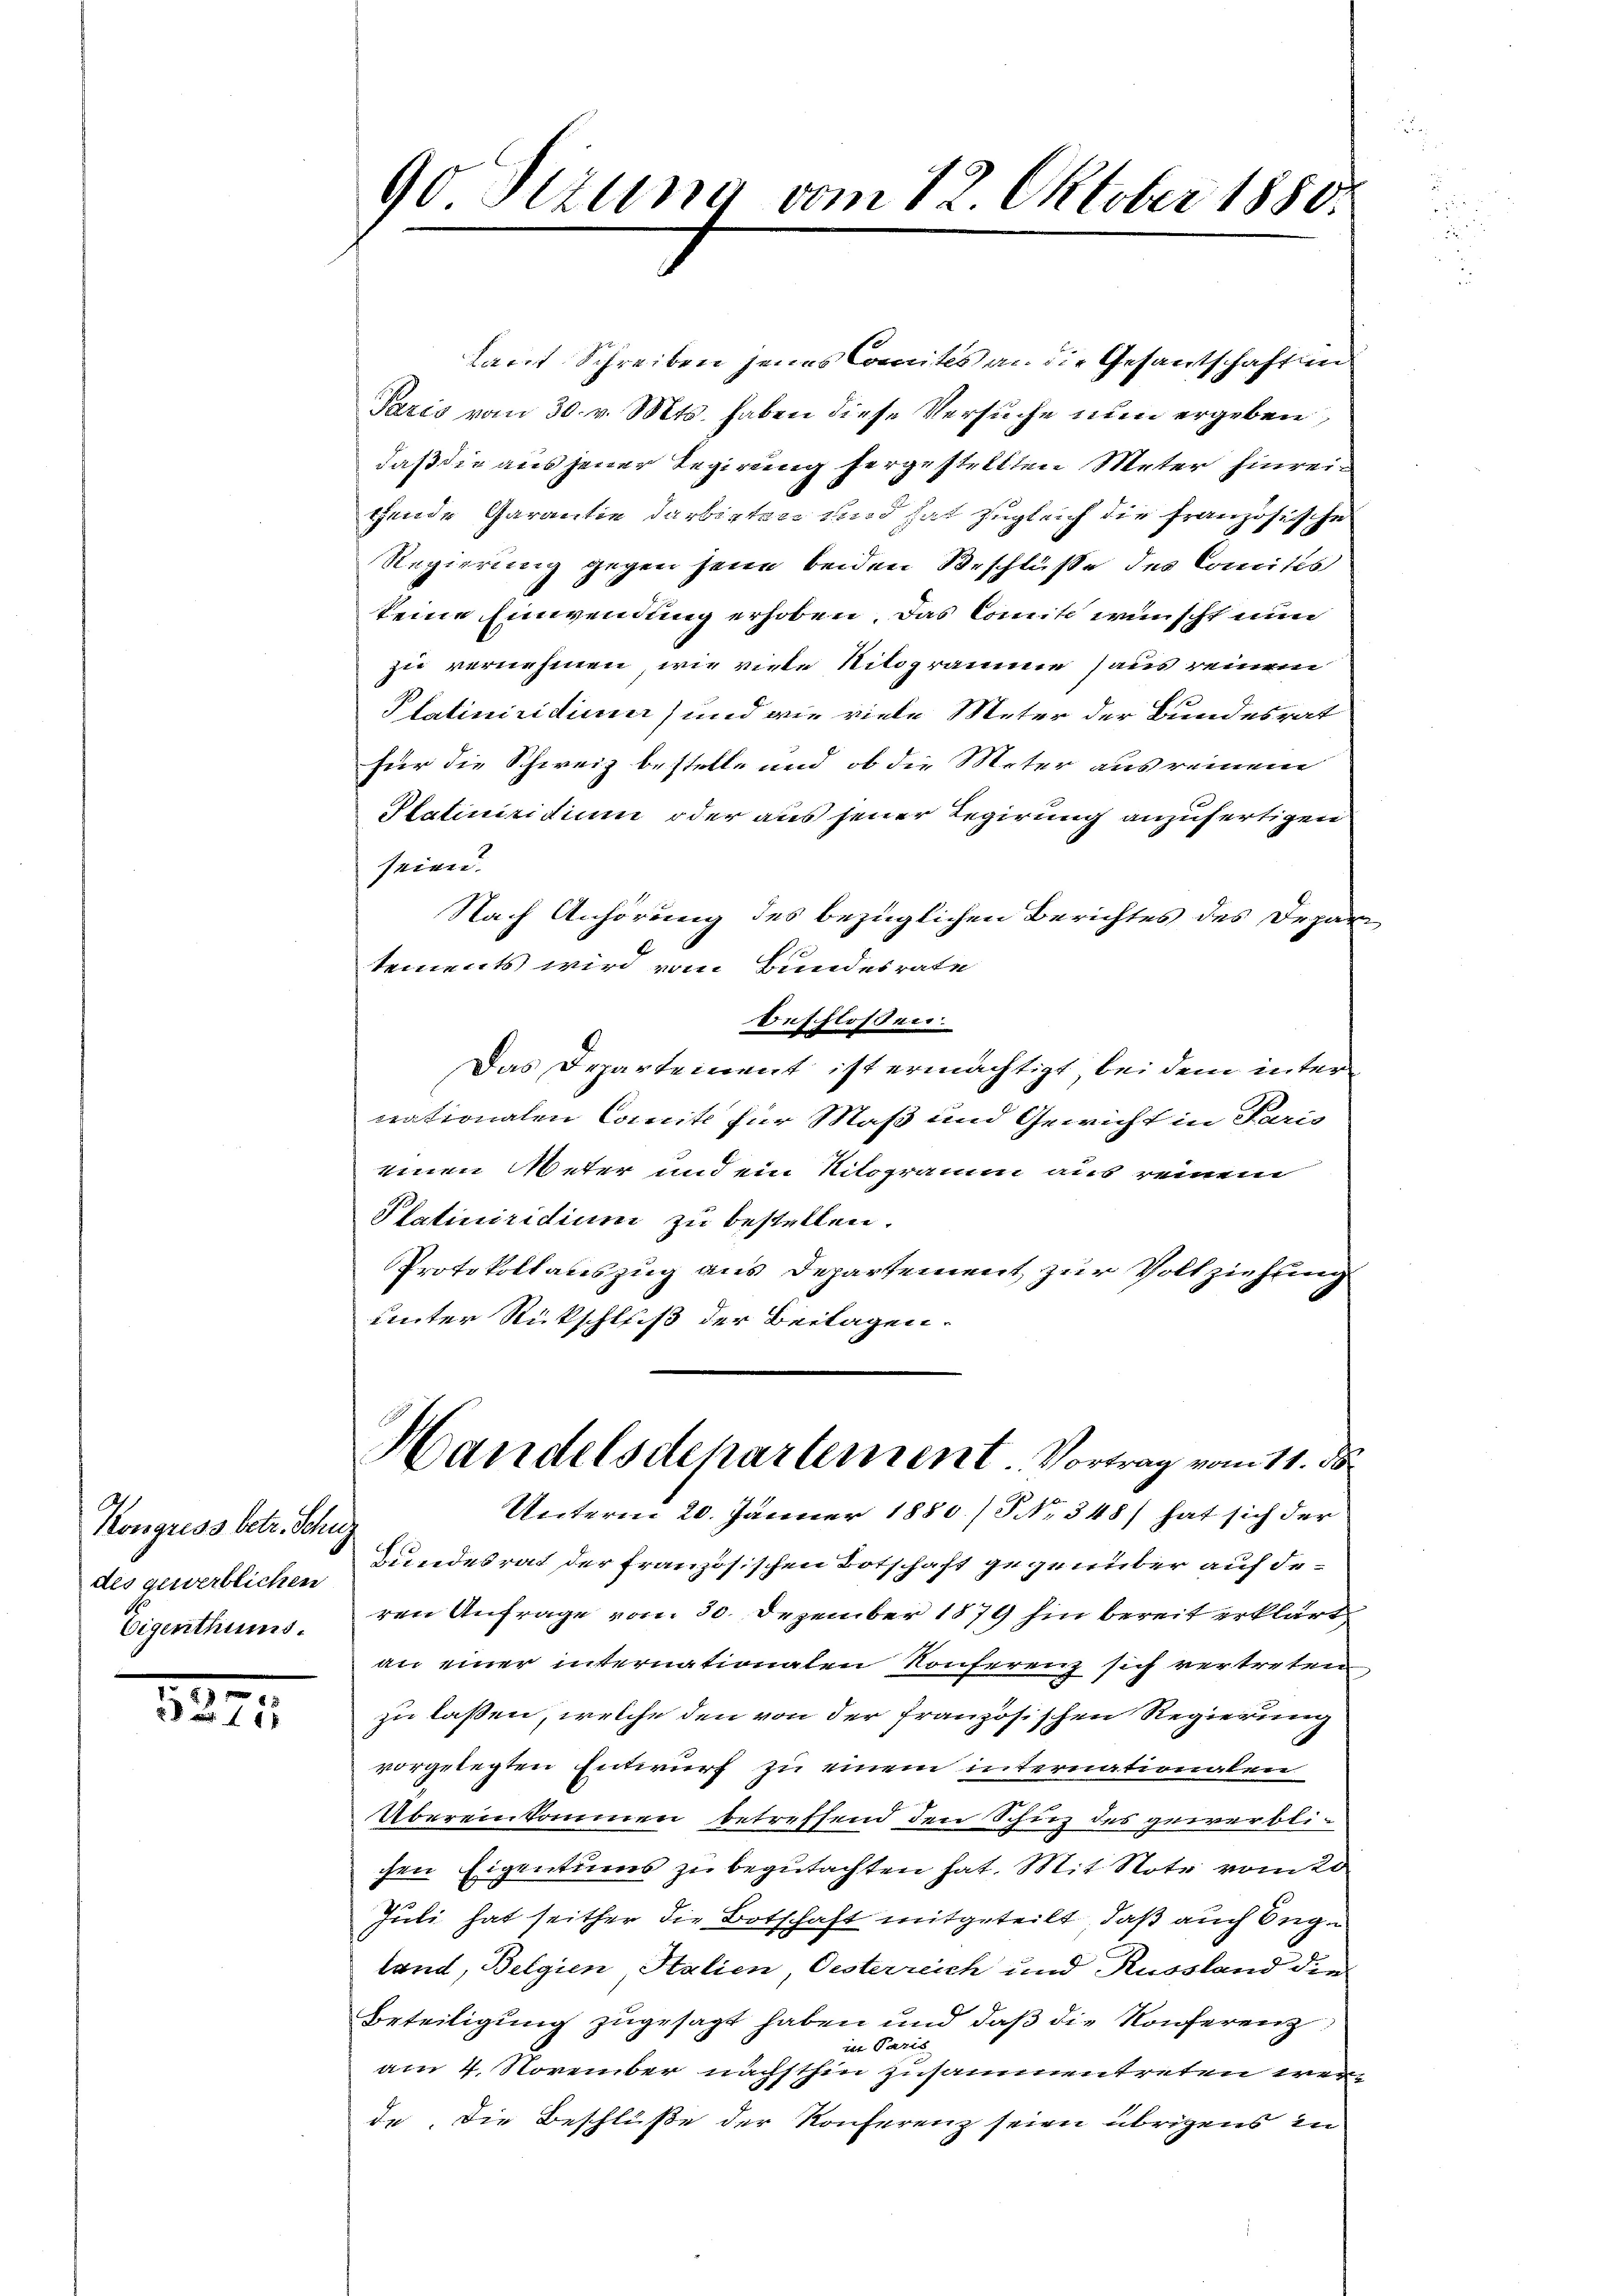
Kongress betr. Schuz
des gewerblichen
Eigenthums.

5271

90 Dezung vom 12 Oktober 1850.

Laut Schreiben jenes Comites an die Gesandschaften
Paris vom 30. v. Mts. haben diese Versuche nun ergeben,
daß die aus jener Regierung hergestellten Meter hinreitende Garantie darbigten und hat zugleich die französische
Regierung gegen jene beiden Beschlüsse des Comités
keine Einwendung erhoben. Das Comite wünscht nun
zu vernehmen, wie viele Nilograme aus reinem
Platiniridium) und wie viele Meter der Bundesrat
für die Schweiz bestelle und ob die Meter ausreinem
Platiniridium oder aus jener Regierung anzufertigen
seien.
Nach Anhörung des bezüglichen Berichtes des Depar
tements wird vom Bundesrate
beschlossen.
Das Departement ist ermächtigt bei dem inter
nationalen Comite für Maß und Gewicht in Paris
einen Meter und ein Nitogramm aus reinem
Slatiniridium zu bestellen.
Protokollauszug aus Departement zur Vollziehung
unter Rückschluß der Beilagen.
Handelsdepartement. Vortrag vom 11. ds.
Unterm 20. Jänner 1880./ NNo. 348) hat sich der
Lundesrat der französischen Botschaft gegenüber auf deren Anfrage vom 30. Dezember 1879 hin bereit erklärt
an einer internationalen Konferenz sich vertreten
zu laßen, welche den von der französischen Regierung
vorgelegten Entwurf zu einem internationalen
Übereinkommen betreffend den Schutz des gewerblichen Eigentums zu begutachten hat. Mit Note vom 20
Juli hat seither die Botschaft mitgeteilt, daß auch Engtand, Belgien Stalien, Oesterreich und Russland die
Beteiligung zugesagt haben und daß die Konferenzin Paris
am 4. November nächsthin zusammentreten werde die Beschlüße der Konferenz seien übrigens in